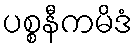
ပစ္စနီကမိဒံ